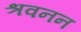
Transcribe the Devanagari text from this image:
श्रवनन